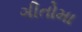
ગીતોમા